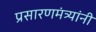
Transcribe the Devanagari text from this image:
प्रसारणमंत्र्यांनी